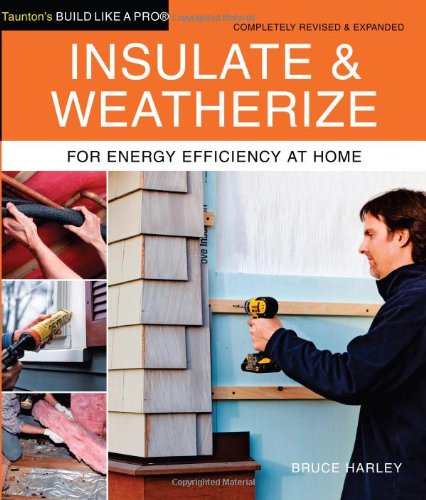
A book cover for Insulate and Weatherize: For Energy Efficiency at Home (Taunton's Build Like a Pro); Bruce Harley; Crafts, Hobbies & Home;